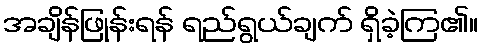
အချိန်ဖြုန်းရန် ရည်ရွယ်ချက် ရှိခဲ့ကြ၏။